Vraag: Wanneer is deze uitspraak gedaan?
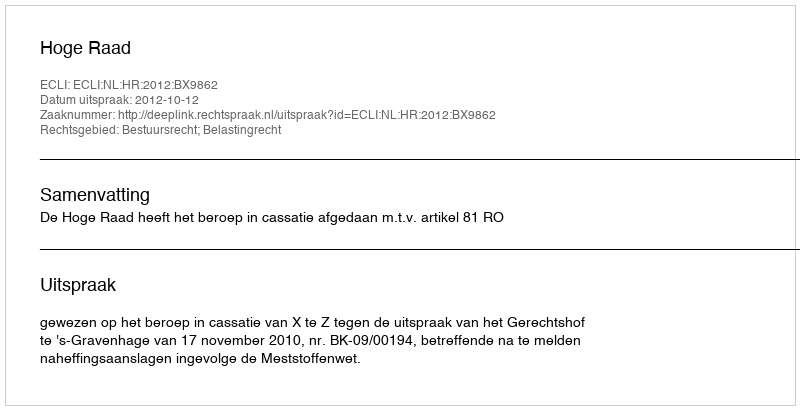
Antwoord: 2012-10-12